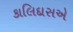
કાલિદાસએ